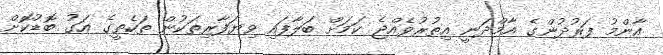
އާންމު ފަރުދުންގެ އާމްދަނީ އިތުރުވެއްޖެ ކަމަށް ބަލާފައި ވިޔަފާރިތަކުން ތަކެތީގެ އަގު ބޮޑުކޮށް